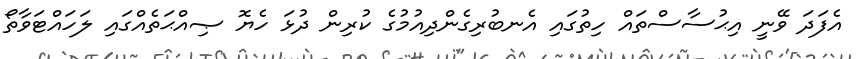
އެފަދަ ވޭނީ އިޙުުސާސްތައް ހިތުގައި އެނބުރިގެންދިއުމުގެ ކުރިން ދުޅަ ހެޔޮ ޞިއްޙަތެއްގައި ލަހައްޓަވާތޯ